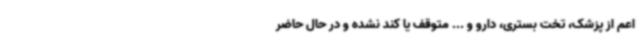
اعم از پزشک، تخت بستری، دارو و ... متوقف یا کند نشده و در حال حاضر